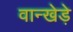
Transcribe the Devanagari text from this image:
वान्खेड़े